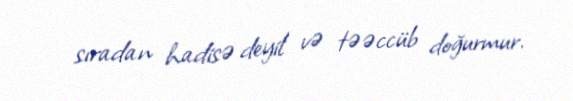
sıradan hadisə deyil və təəccüb doğurmur.